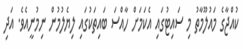
ކުއްޖާގެ މައުލޫމާތު މި ސައިޓުގައި އެކަމަށް ހާއްސަ ބައިތަކުގައި ލިޔެލުމުން ނިމުނީއެވެ. އަދި